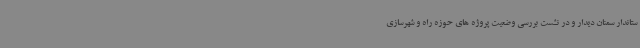
ستاندار سمنان دیدار و در نشست بررسی وضعیت پروژه های حوزه راه و شهرسازی